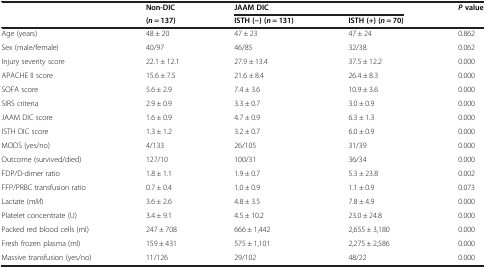
<table><thead><tr><td rowspan="2"><b> </b></td><td><b>Non-DIC</b></td><td colspan="2"><b>JAAM DIC</b></td><td rowspan="2"><b><i>P </i>value</b></td></tr><tr><td><b>(<i>n</i> = 137)</b></td><td><b>ISTH (−) (<i>n</i> = 131)</b></td><td><b>ISTH (+) (<i>n</i> = 70)</b></td></tr></thead><tbody><tr><td>Age (years)</td><td>48 ± 20</td><td>47 ± 23</td><td>47 ± 24</td><td>0.862</td></tr><tr><td>Sex (male/female)</td><td>40/97</td><td>46/85</td><td>32/38</td><td>0.062</td></tr><tr><td>Injury severity score</td><td>22.1 ± 12.1</td><td>27.9 ± 13.4</td><td>37.5 ± 12.2</td><td>0.000</td></tr><tr><td>APACHE II score</td><td>15.6 ± 7.5</td><td>21.6 ± 8.4</td><td>26.4 ± 8.3</td><td>0.000</td></tr><tr><td>SOFA score</td><td>5.6 ± 2.9</td><td>7.4 ± 3.6</td><td>10.9 ± 3.6</td><td>0.000</td></tr><tr><td>SIRS criteria</td><td>2.9 ± 0.9</td><td>3.3 ± 0.7</td><td>3.0 ± 0.9</td><td>0.000</td></tr><tr><td>JAAM DIC score</td><td>1.6 ± 0.9</td><td>4.7 ± 0.9</td><td>6.3 ± 1.3</td><td>0.000</td></tr><tr><td>ISTH DIC score</td><td>1.3 ± 1.2</td><td>3.2 ± 0.7</td><td>6.0 ± 0.9</td><td>0.000</td></tr><tr><td>MODS (yes/no)</td><td>4/133</td><td>26/105</td><td>31/39</td><td>0.000</td></tr><tr><td>Outcome (survived/died)</td><td>127/10</td><td>100/31</td><td>36/34</td><td>0.000</td></tr><tr><td>FDP/D-dimer ratio</td><td>1.8 ± 1.1</td><td>1.9 ± 0.7</td><td>5.3 ± 23.8</td><td>0.002</td></tr><tr><td>FFP/PRBC transfusion ratio</td><td>0.7 ± 0.4</td><td>1.0 ± 0.9</td><td>1.1 ± 0.9</td><td>0.073</td></tr><tr><td>Lactate (m<i>M</i>)</td><td>3.6 ± 2.6</td><td>4.8 ± 3.5</td><td>7.8 ± 4.9</td><td>0.000</td></tr><tr><td>Platelet concentrate (U)</td><td>3.4 ± 9.1</td><td>4.5 ± 10.2</td><td>23.0 ± 24.8</td><td>0.000</td></tr><tr><td>Packed red blood cells (ml)</td><td>247 ± 708</td><td>666 ± 1,442</td><td>2,655 ± 3,180</td><td>0.000</td></tr><tr><td>Fresh frozen plasma (ml)</td><td>159 ± 431</td><td>575 ± 1,101</td><td>2,275 ± 2,586</td><td>0.000</td></tr><tr><td>Massive transfusion (yes/no)</td><td>11/126</td><td>29/102</td><td>48/22</td><td>0.000</td></tr></tbody></table>